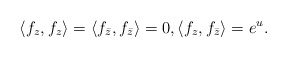
\begin{align*}\langle f_{z}, f_ z \rangle=\langle f_{\bar z}, f_{\bar z}\rangle =0,\langle f_z, f_{\bar z}\rangle=e^u.\end{align*}